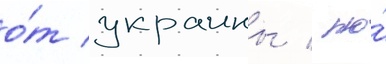
о́т украины / но́